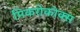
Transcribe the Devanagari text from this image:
मिकरोकोक्स